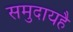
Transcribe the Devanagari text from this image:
समुदायहै